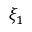
\xi _ { 1 }